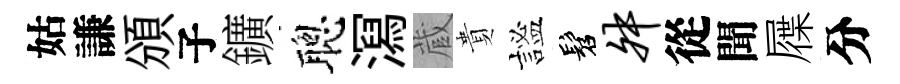
姑謙頒子鑛聰㵼蔵貴謐髫舛從聞屧分